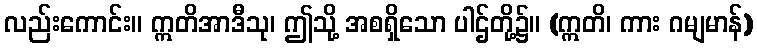
လည်းကောင်း။ ဣတိအာဒီသု၊ ဤသို့ အစရှိသော ပါဌ်တို့၌။ (ဣတိ၊ ကား ဂမျမာန်)